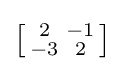
\left[{\begin{smallmatrix}2&-1\\-3&2\end{smallmatrix}}\right]